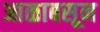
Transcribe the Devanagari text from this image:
आळाबसून